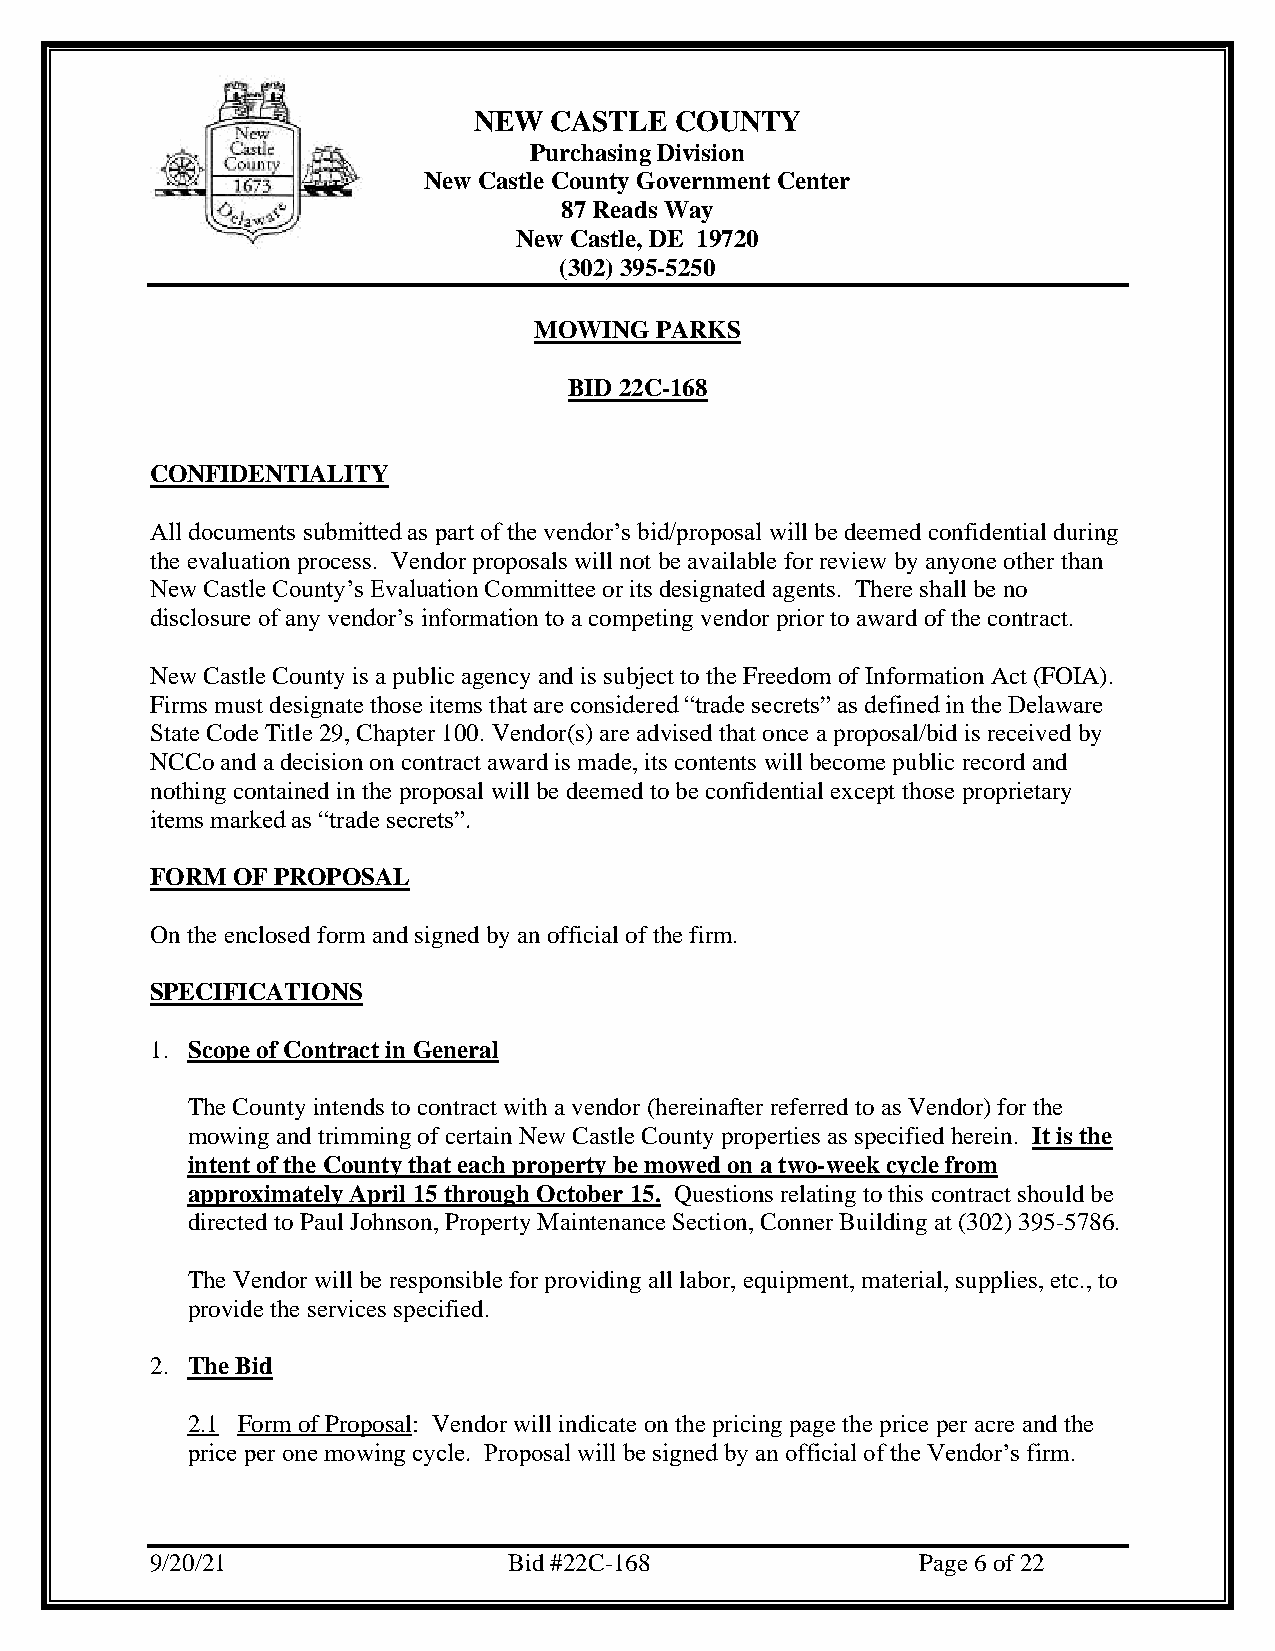
NEW  CASTLE   COUNTY
 Purchasing Division
 New Castle County Government Center
 87 Reads Way
 New Castle, DE 19720
 (302) 395-5250
 MOWING  PARKS
 BID 22C-168
 CONFIDENTIALITY
 All documents submitted as part of the vendor’s bid/proposal will be deemed confidential during
 the evaluation process. Vendor proposals will not be available for review by anyone other than
 New Castle County’s Evaluation Committee or its designated agents. There shall be no
 disclosure of any vendor’s information to a competing vendor prior to award of the contract.
 New Castle County is a public agency and is subject to the Freedom of Information Act (FOIA).
 Firms must designate those items that are considered “trade secrets” as defined in the Delaware
 State Code Title 29, Chapter 100. Vendor(s) are advised that once a proposal/bid is received by
 NCCo and a decision on contract award is made, its contents will become public record and
 nothing contained in the proposal will be deemed to be confidential except those proprietary
 items marked as “trade secrets”.
 FORM OF PROPOSAL
 On the enclosed form and signed by an official of the firm.
 SPECIFICATIONS
 1. Scope of Contract in General
 The County intends to contract with a vendor (hereinafter referred to as Vendor) for the
 mowing and trimming of certain New Castle County properties as specified herein. It is the
 intent of the County that each property be mowed on a two-week cycle from
 approximately April 15 through October 15. Questions relating to this contract should be
 directed to Paul Johnson, Property Maintenance Section, Conner Building at (302) 395-5786.
 The Vendor will be responsible for providing all labor, equipment, material, supplies, etc., to
 provide the services specified.
 2. The Bid
 2.1 Form of Proposal: Vendor will indicate on the pricing page the price per acre and the
 price per one mowing cycle. Proposal will be signed by an official of the Vendor’s firm.
 9/20/21                 Bid #22C-168               Page 6 of 22